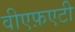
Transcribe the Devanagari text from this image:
वीएफ़एटी